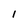
Character: I